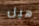
هيل